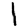
Digit: 1